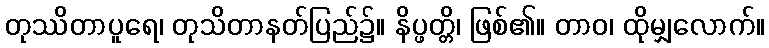
တုဿိတာပူရေ၊ တုသိတာနတ်ပြည်၌။ နိပ္ဖတ္တိ၊ ဖြစ်၏။ တာဝ၊ ထိုမျှလောက်။